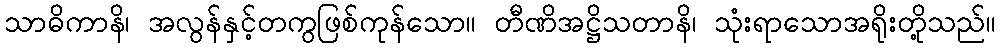
သာဓိကာနိ၊ အလွန်နှင့်တကွဖြစ်ကုန်သော။ တီဏိအဋ္ဌိသတာနိ၊ သုံးရာသောအရိုးတို့သည်။